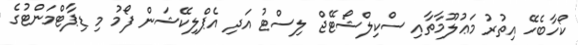
ކޯހާބެހޭ އިތުރު މަޢުލޫމާތާއި ސްކިލްޝޯޓޭޖް ލިސްޓު އަދި އެޕްލިކޭޝަން ފޯމު މި ޑިޕާޓްމަންޓުގެ